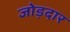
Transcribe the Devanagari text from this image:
जोड़दार